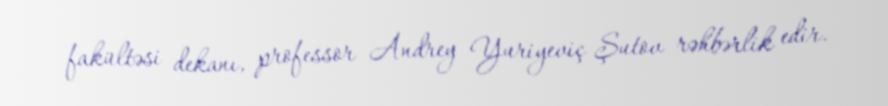
fakültəsi dekanı, professor Andrey Yuriyeviç Şutov rəhbərlik edir.